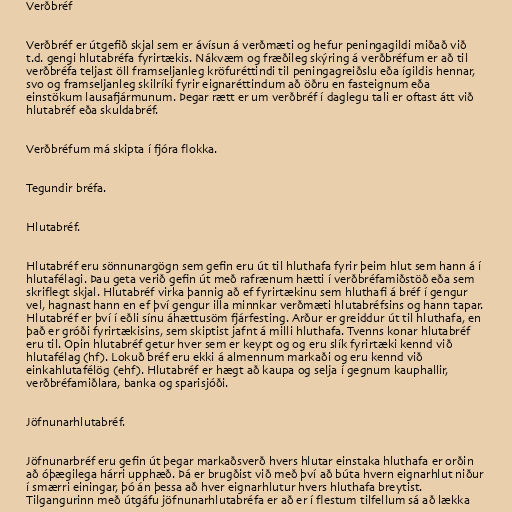
Verðbréf

Verðbréf er útgefið skjal sem er ávísun á verðmæti og hefur peningagildi miðað við
t.d. gengi hlutabréfa fyrirtækis. Nákvæm og fræðileg skýring á verðbréfum er að til
verðbréfa teljast öll framseljanleg kröfuréttindi til peningagreiðslu eða ígildis hennar,
svo og framseljanleg skilríki fyrir eignaréttindum að öðru en fasteignum eða
einstökum lausafjármunum. Þegar rætt er um verðbréf í daglegu tali er oftast átt við
hlutabréf eða skuldabréf.

Verðbréfum má skipta í fjóra flokka.

Tegundir bréfa.

Hlutabréf.

Hlutabréf eru sönnunargögn sem gefin eru út til hluthafa fyrir þeim hlut sem hann á í
hlutafélagi. Þau geta verið gefin út með rafrænum hætti í verðbréfamiðstöð eða sem
skriflegt skjal. Hlutabréf virka þannig að ef fyrirtækinu sem hluthafi á bréf í gengur
vel, hagnast hann en ef því gengur illa minnkar verðmæti hlutabréfsins og hann tapar.
Hlutabréf er því í eðli sínu áhættusöm fjárfesting. Arður er greiddur út til hluthafa, en
það er gróði fyrirtækisins, sem skiptist jafnt á milli hluthafa. Tvenns konar hlutabréf
eru til. Opin hlutabréf getur hver sem er keypt og og eru slík fyrirtæki kennd við
hlutafélag (hf). Lokuð bréf eru ekki á almennum markaði og eru kennd við
einkahlutafélög (ehf). Hlutabréf er hægt að kaupa og selja í gegnum kauphallir,
verðbréfamiðlara, banka og sparisjóði.

Jöfnunarhlutabréf.

Jöfnunarbréf eru gefin út þegar markaðsverð hvers hlutar einstaka hluthafa er orðin
að óþægilega hárri upphæð. Þá er brugðist við með því að búta hvern eignarhlut niður
í smærri einingar, þó án þessa að hver eignarhlutur hvers hluthafa breytist.
Tilgangurinn með útgáfu jöfnunarhlutabréfa er að er í flestum tilfellum sá að lækka